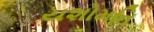
યશોમતિ